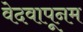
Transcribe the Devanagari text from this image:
वेदवापूनम